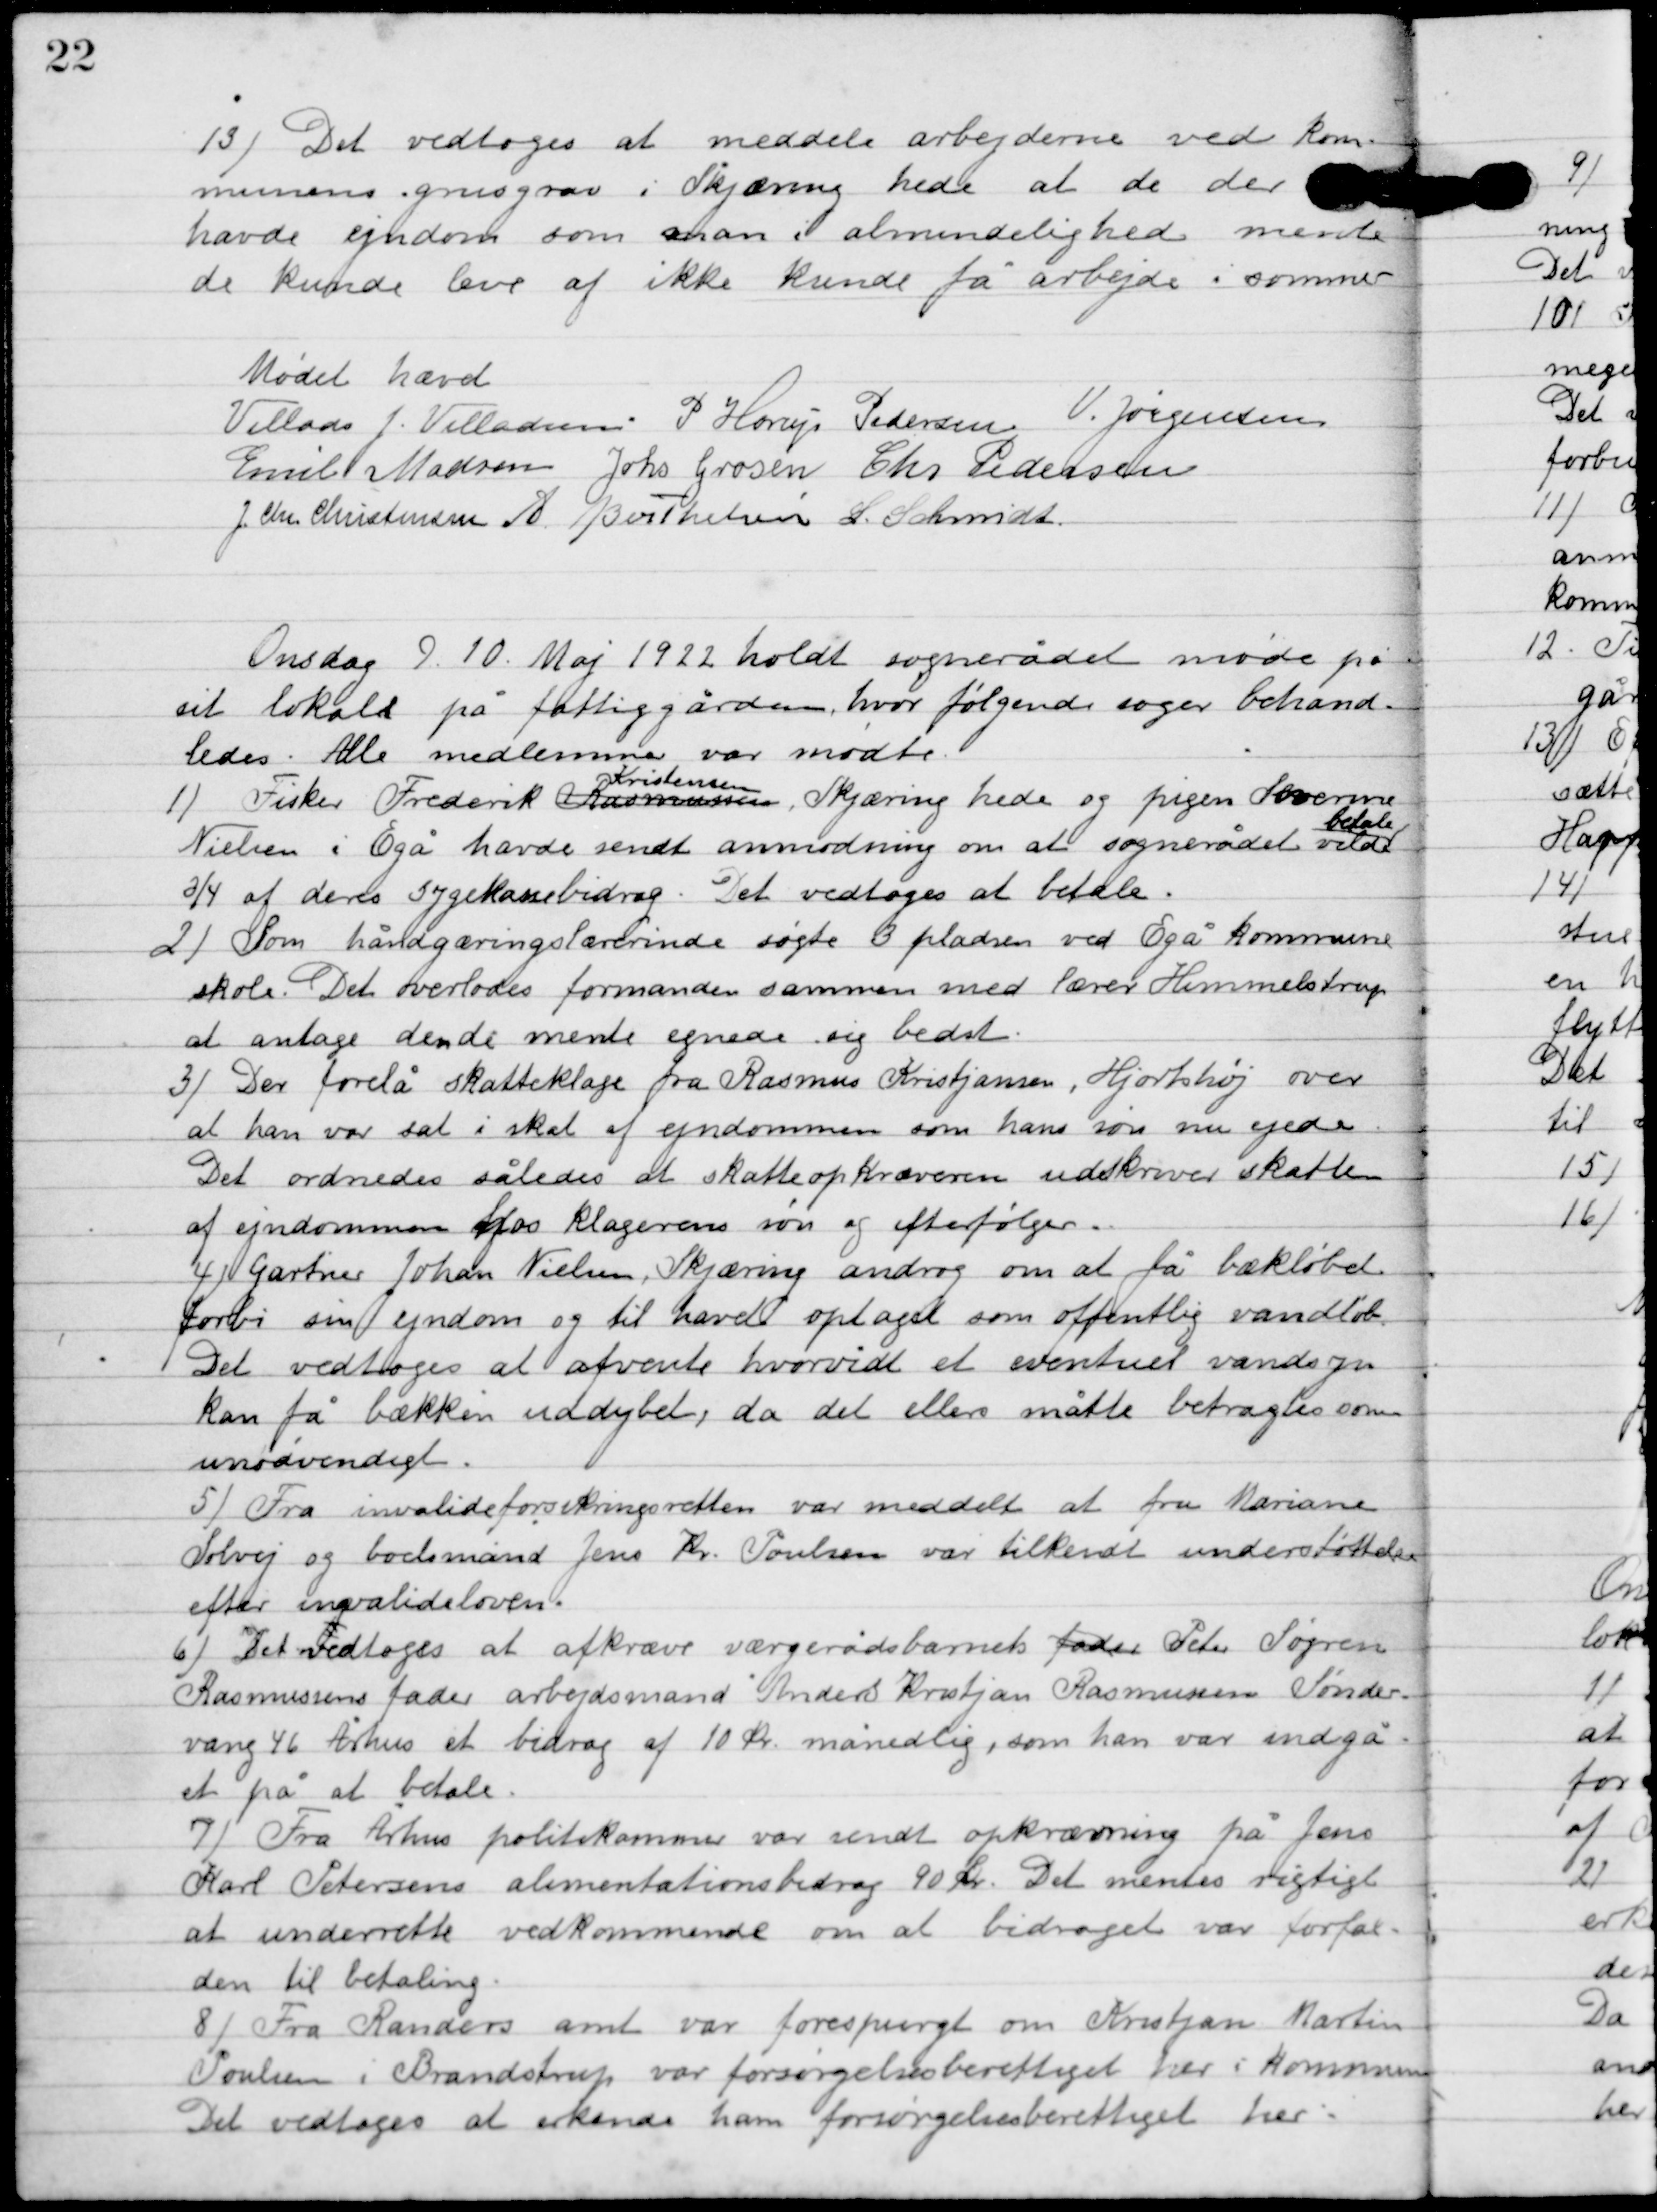
Transskription:
13

Det vedtoges at meddele arbejderne ved kom-
munens grusgrav i Skjæring hede at de der
havde ejendom som man i almindelighed mente
de kunde leve af ikke kunde få arbejde i sommer.

Mødet hævet

Villads J. Villadsen
P. Henry Pedersen
V. Jørgensen
Emil Madsen
Johs. Grosen
Chr. Pedersen
I. Chr. Christensen
A. Berthelsen
L. Schmidt

Onsdag D. 10. Maj 1922 holdt sognerådet møde på
sit lokale på fattiggården, hvor følgende sager behand-
ledes. Alle medlemmer var mødte.

1

Fisker Frederik Kristiansen
 Kristensen
, Skjæring hede og pigen Severine
Nielsen i Egå havde sendt anmodning om at sognerådet vilde
betale
¾ af deres sygekassebidrag. Det vedtoges at betale.

2

Som håndgernings lærerinde søgte 3 pladsen ved Egå kommune
skole. Det overlodes formanden sammen med lærer Himmelstrup
at antage den de mente egnede sig bedst.

3

Der forelå skatteklage fra Rasmus Kristjansen, Hjortshøj over
at han var sat i skat af ejendommen som hans søn nu ejede.
Det ordnedes således at skatteopkræveren udskriver skatten
af ejendommen som klagerens søn og efterfølger.

4

Gartner Johan Nielsen Skjæring androg om at få bækløbet
forbi sin ejendom og til havet optaget som offentlig vandløb.
Det vedtoges at afvente hvorvidt et eventuelt vandsyn
kan få bækken uddybet, da det ellers måtte betragtes som
unødvendigt.

5

Fra invalideforsikringsretten var meddelt at fru Mariane
Solvej og bodsmand Jens Kr. Poulsen var tilkendt understøttelse
efter invalideloven.

6

Det vedtoges at afkræve værgerådsbarnets Peter Søgren
Rasmussens fader arbejdsmand Anders Kristijan Rasmussen Sønder-
vang 46 Århus et bidrag af 10 kr. månedlig, som han var indgå-
et på at betale.

7

Fra Århus politikommune var sendt opkrævning på Jens
Karl Petersens alimentationsbidrag 90 kr. det mentes vigtigt
at underrette vedkommende om at bidraget var forfal-
den til betaling.

8

Fra Randers amt var forespurgt om Kristjan Martin
Poulsen i Brandstrup var forsørgelsesberettiget her i kommunen.
Det vedtoges at erkende ham forsørgelsesberettiget her.